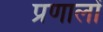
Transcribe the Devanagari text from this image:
प्रणालों